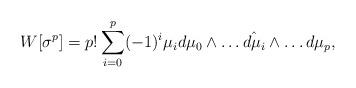
LaTeX: \begin{align*}W[\sigma^p]=p!\sum^p_{i=0}(-1)^i\mu_i d\mu_0\wedge\dots\hat{d\mu_i}\wedge\dots d\mu_p,\end{align*}